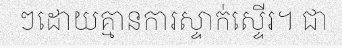
ៗដោយគ្មានការស្ទាក់ស្ទើរ។ ជា